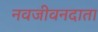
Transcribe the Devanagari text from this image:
नवजीवनदाता